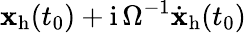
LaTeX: \mathbf{x}_{\mathrm{{h}}}(t_{0})+\mathrm{{i}}\, \Omega^{-1}{\dot{{\mathbf{x}}}}_{\mathrm{{h}}}(t_{0})